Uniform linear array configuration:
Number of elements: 16
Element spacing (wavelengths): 1
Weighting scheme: exponential
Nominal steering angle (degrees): -45
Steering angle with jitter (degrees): -45.974
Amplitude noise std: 0.05
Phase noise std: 0.05

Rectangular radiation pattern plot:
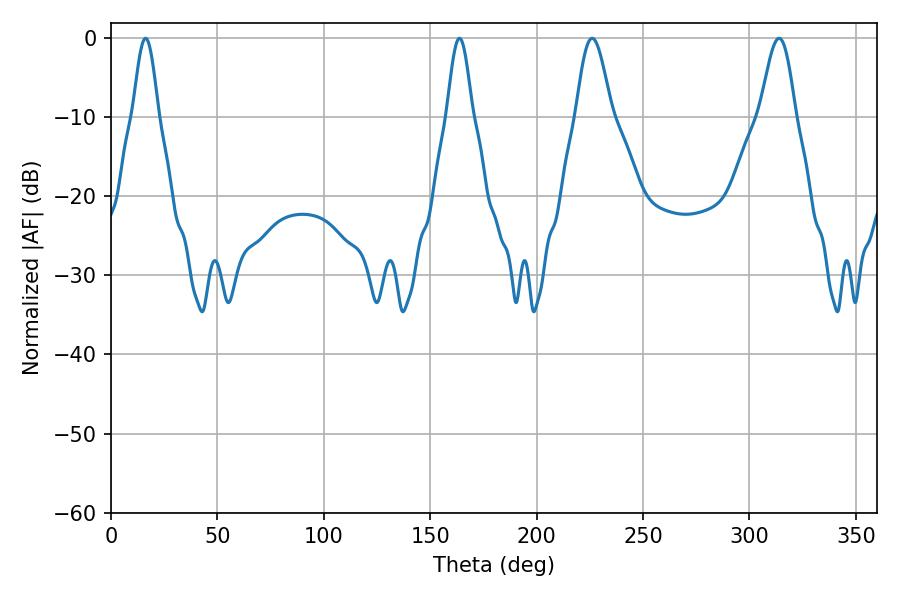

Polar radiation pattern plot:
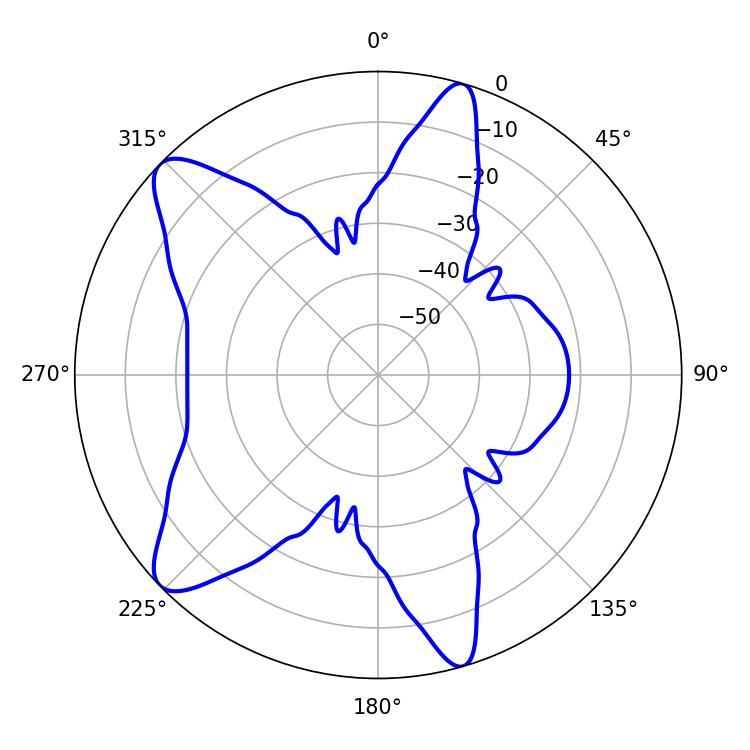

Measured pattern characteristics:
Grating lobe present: TRUE
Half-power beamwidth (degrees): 8.82
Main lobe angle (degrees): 226.08